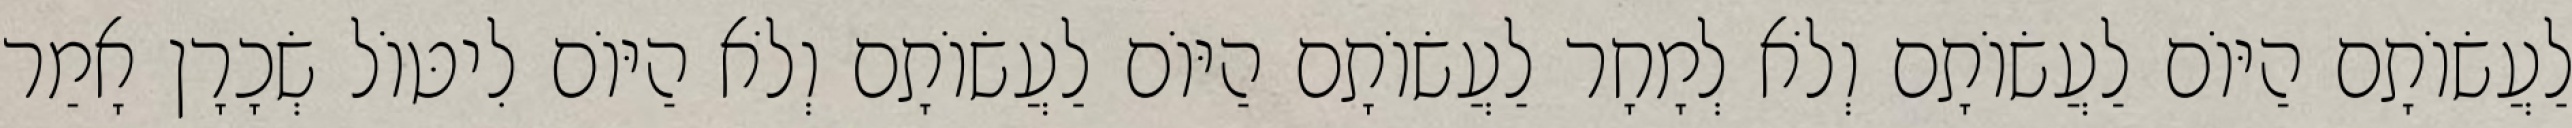
לַעֲשׂוֹתָם הַיּוֹם לַעֲשׂוֹתָם וְלֹא לְמָחָר לַעֲשׂוֹתָם הַיּוֹם לַעֲשׂוֹתָם וְלֹא הַיּוֹם לִיטּוֹל שְׂכָרָן אָמַר